Indian journal of veterinary science and animal husbandry - Volume 4,
Year: 1934
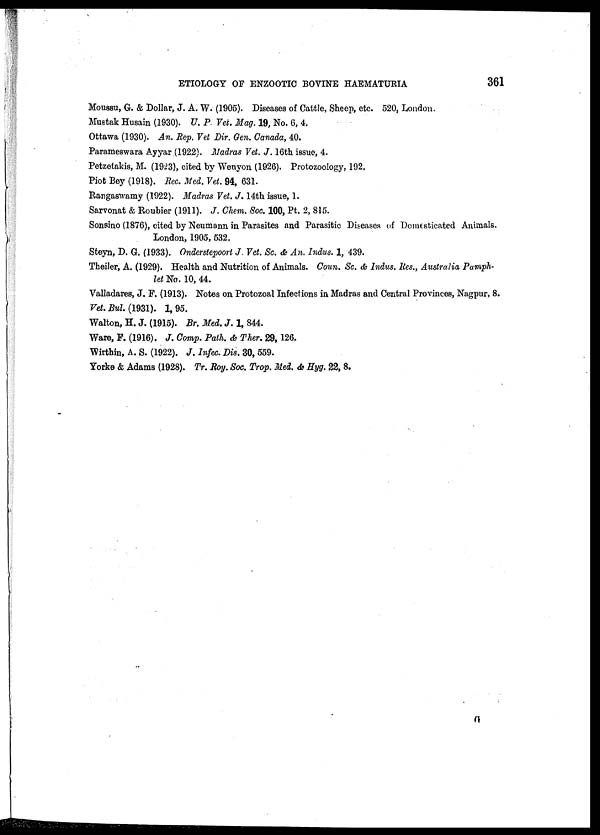
ETIOLOGY OF ENZOOTIC BOVINE HAEMATURIA
361
Moussu, G. & Dollar, J. A. W. (1905). Diseases of Cattle, Sheep, etc. 520, London.
Mustak Husain (1930). U. P Vet. Mag. 19, No. 6, 4.
Ottawa (1930). An. Rep. Vet Dir. Gen. Canada, 40.
Parameswara Ayyar (1922). Madras Vet. J. 16th issue, 4.
Petzetakis, M. (1923), cited by Wenyon (1926). Protozoology, 192.
Piot Bey (1918). Rec. Med. Vet. 94, 631.
Rangaswamy (1922). Madras Vet. J. 14th issue, 1.
Sarvonat & Roubier (1911). J. Chem. Soc. 100, Pt. 2, 815.
Sonsino (1876), cited by Neumann in Parasites and Parasitic Diseases of Domesticated Animals.
London, 1905, 532.
Steyn, D. G. (1933). Onderstepoort J. Vet. Sc. & An. Indus. 1, 439.
Theiler, A. (1929). Health and Nutrition of Animals. Coun. Sc. & Indus, Res., Australia Pamph-
let No. 10, 44.
Valladares, J. F. (1913). Notes on Protozoal Infections in Madras and Central Provinces, Nagpur, 8.
Vet. Bul. (1931). 1,95.
Walton, H. J. (1915). Br. Med. J. 1, 844.
Ware, F. (1916). J. Comp. Path. & Ther. 29,126.
Wirthin, A. S. (1922). J. Infec. Dis. 30, 559.
Yorke & Adams (1928). Tr. Roy. Soc. Trop. Med. & Hyg. 22, 8.